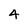
Character: 4